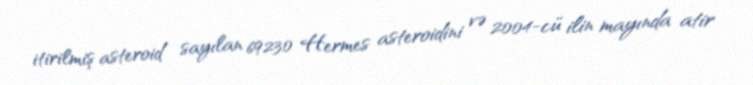
itirilmiş asteroid sayılan 69230 Hermes asteroidini və 2004-cü ilin mayında atir